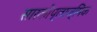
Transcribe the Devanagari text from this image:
सारकोप्लाज्मिक